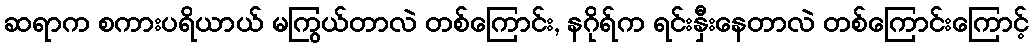
ဆရာက စကားပရိယာယ် မကြွယ်တာလဲ တစ်ကြောင်း, နဂိုရ်က ရင်းနှီးနေတာလဲ တစ်ကြောင်းကြောင့်